Report on the working of the Ranchi Indian Mental Hospital, Kanke, in Bihar and Orissa - 1930-1940
Year: 1930
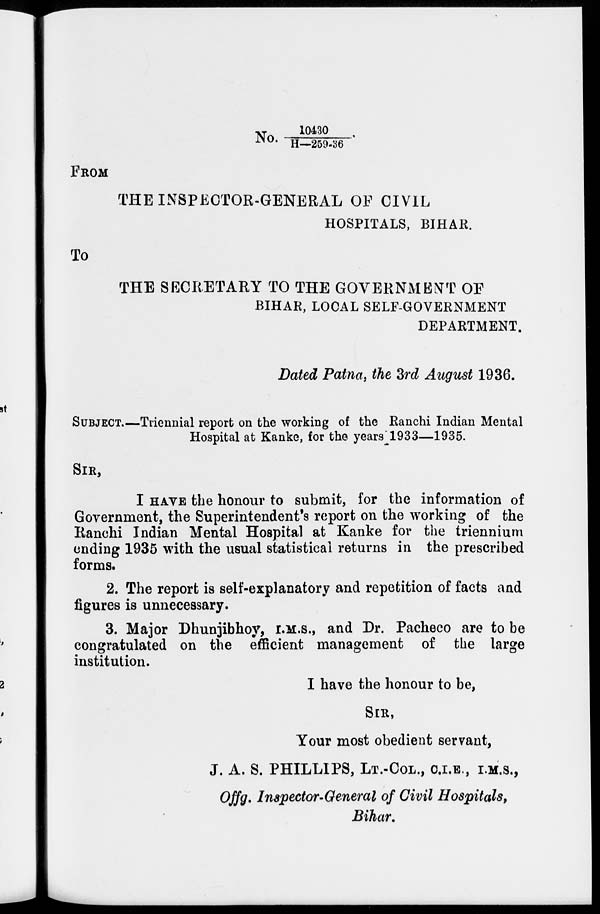
No.10430/ H—259-36.
FROM
THE INSPECTOR-GENERAL OF CIVIL
HOSPITALS, BIHAR.
To
THE SECRETARY TO THE GOVERNMENT OF
BIHAR, LOCAL SELF-GOVERNMENT
DEPARTMENT.
Dated Patna, the 3rd August 1936.
SUBJECT.—Triennial report on the working of the Ranchi Indian Mental
Hospital at Kanke, for the years 1933—1935.
SIR,
I HAVE the honour to submit, for the information of
Government, the Superintendent's report on the working of the
Ranchi Indian Mental Hospital at Kanke for the triennium
ending 1935 with the usual statistical returns in the prescribed
forms.
2. The report is self-explanatory and repetition of facts and
figures is unnecessary.
3. Major Dhunjibhoy, I.M.S., and Dr. Pacheco are to be
congratulated on the efficient management of the large
institution.
I have the honour to be,
SIR,
Your most obedient servant,
J. A. S. PHILLIPS, LT.-COL., C.I.E., I.M.S.,
Offg. Inspector-General of Civil Hospitals,
Bihar.